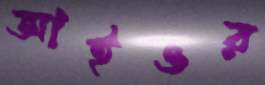
আইওর